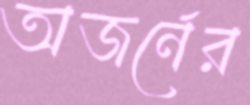
অজর্নের